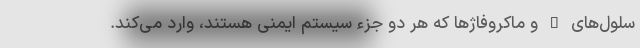
سلول‌های T و ماکروفاژها که هر دو جزء سیستم ایمنی هستند، وارد می‌کند.